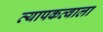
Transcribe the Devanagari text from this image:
व्यापकत्वाला